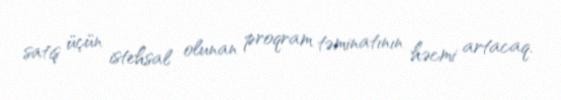
satış üçün istehsal olunan proqram təminatının həcmi artacaq.